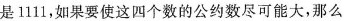
是1111，如果要使这四个数的公约数尽可能大，那么